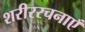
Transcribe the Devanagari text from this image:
शरीररचनाएँ